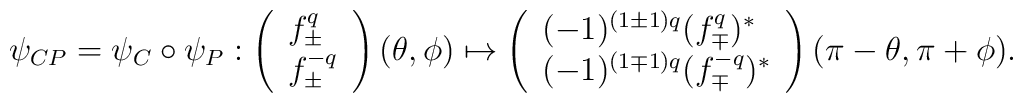
\psi_{CP} = \psi_C \circ  \psi_P : 	\left(		\begin{array}{l}		f_\pm^{q} \\ f_\pm^{-q}		\end{array}	\right) 	(\theta, \phi)	\mapsto 	\left(		\begin{array}{l}		(-1)^{(1 \pm 1) q} (f^{ q}_\mp)^* \\		(-1)^{(1 \mp 1) q} (f^{-q}_\mp)^* 		\end{array}	\right) 	(\pi - \theta, \pi + \phi).